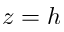
z = h